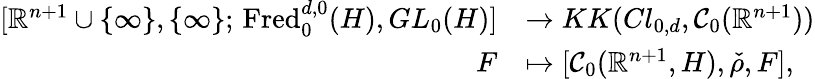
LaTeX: \begin{array}{rl}{[\mathord{\mathbb{R}}^{n+1}\cup\{ \infty\} ,\{ \infty\} ;\, \mathrm{Fred}_{0}^{d,0}(H),GL_{0}(H)]}&{\rightarrow KK(Cl_{0,d},\mathcal{C}_{0}(\mathord{\mathbb{R}}^{n+1}))}\\ {F}&{\mapsto[\mathcal{C}_{0}(\mathord{\mathbb{R}}^{n+1},H),\check{\rho},F],}\end{array}